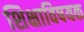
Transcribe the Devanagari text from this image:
शिक्षाविषयक